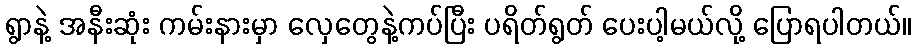
ရွာနဲ့ အနီးဆုံး ကမ်းနားမှာ လှေတွေနဲ့ကပ်ပြီး ပရိတ်ရွတ် ပေးပါ့မယ်လို့ ပြောရပါတယ်။